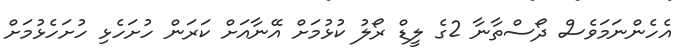
އެހެންނަމަވެސް ދޯސްތާނާ 2ގެ ލީޑް ރޯލު ކުޅުމަށް އޭނާއަށް ކަރަން ހުށަހެޅި ހުށަހެޅުމަށް